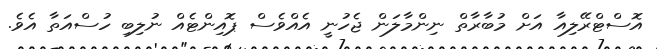
އޮސްޓްރޭލިއާ އަށް މުބާރާތް ނިންމާލަން ޖެހުނީ އެއްވެސް ޕޮއިންޓެއް ނުލިބި ހުސްއަތާ އެވެ.